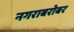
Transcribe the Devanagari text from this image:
नगराबरोबर